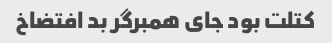
کتلت بود جای همبرگر بد افتضاخ